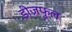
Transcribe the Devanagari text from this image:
डीज़फुल